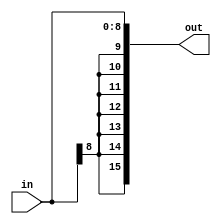
module SEXT(
	input [8:0] in,
	output reg [15:0] out);

	always @(*) begin
	    out[15:0] <= { {7{in[8]}}, in[8:0] };
	end
endmodule